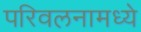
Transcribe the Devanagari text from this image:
परिवलनामध्ये